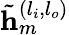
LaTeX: \tilde{\mathbf{h}}_{m}^{(l_{i},l_{o})}